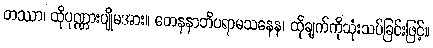
တဿာ၊ ထိုပုဏ္ဏားပျိုမအား။ တေနနာဘိပရာမသနေန၊ ထိုချက်ကိုသုံးသပ်ခြင်းဖြင့်။